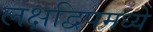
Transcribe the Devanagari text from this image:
लक्षद्विपमध्ये